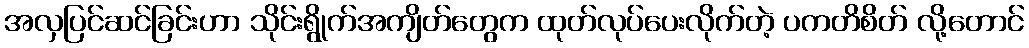
အလှပြင်ဆင်ခြင်းဟာ သိုင်းရွိုက်အကျိတ်တွေက ထုတ်လုပ်ပေးလိုက်တဲ့ ပကတိစိတ် လို့တောင်